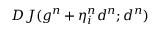
D J ( g ^ { n } + \eta _ { i } ^ { n } d ^ { n } ; d ^ { n } )